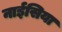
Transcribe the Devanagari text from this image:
नाईसिया